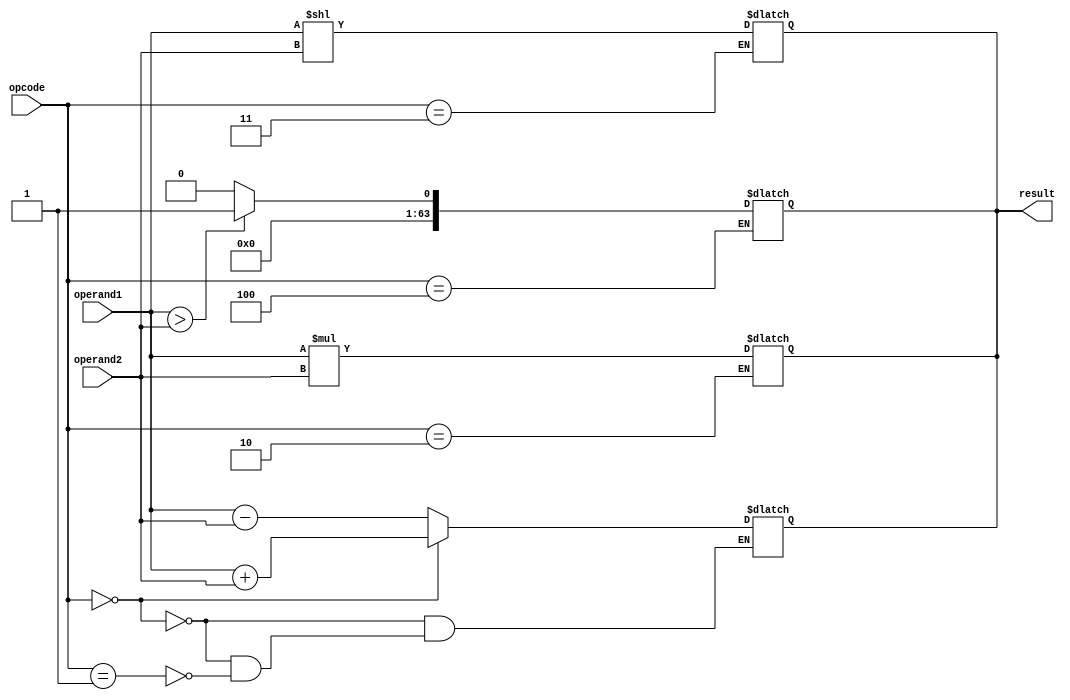
module extended_precision_fpu (
    
    input [63:0] operand1,
    input [63:0] operand2,
    input [3:0] opcode,
    output reg [63:0] result
    );

// Adder block
    always @*
    begin
        if (opcode == 4'b0000) // Addition operation
            result = operand1 + operand2;
        else if (opcode == 4'b0001) // Subtraction operation
            result = operand1 - operand2;
    end

// Multiplier block
    always @*
    begin
        if (opcode == 4'b0010) // Multiplication operation
            result = operand1 * operand2;
    end

// Shifter block
    always @*
    begin
        if (opcode == 4'b0011) // Shift operation
            result = operand1 << operand2;
    end

// Comparator block
    always @*
    begin
        if (opcode == 4'b0100) // Comparison operation
            result = (operand1 > operand2) ? 1 : 0;
    end

endmodule